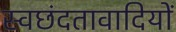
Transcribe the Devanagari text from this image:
स्वछंदतावादियों